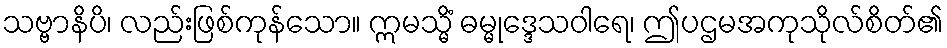
သဗ္ဗာနိပိ၊ လည်းဖြစ်ကုန်သော။ ဣမသ္မိံ ဓမ္မုဒ္ဒေသဝါရေ၊ ဤပဌမအကုသိုလ်စိတ်၏